Indian journal of veterinary science and animal husbandry - Volumes 18-21, 1948-1951
Year: 1948
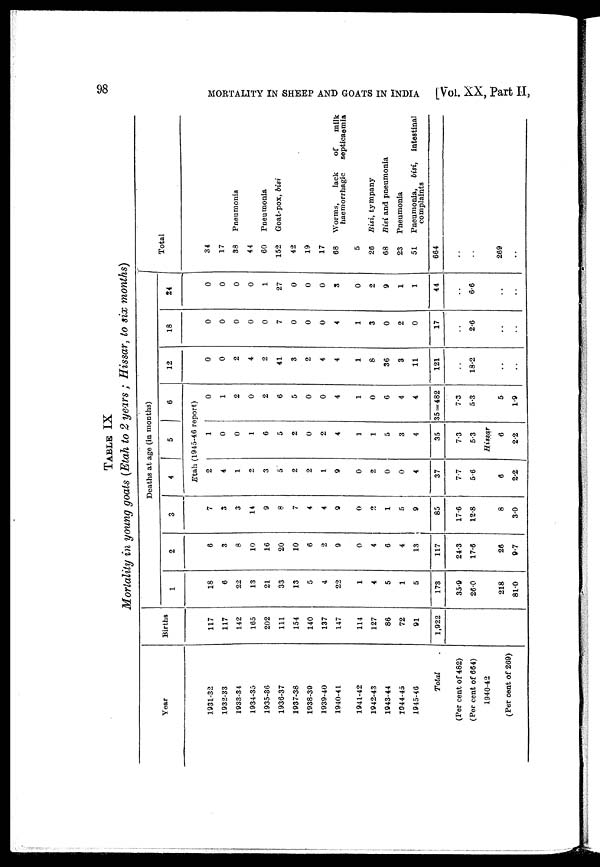
98
MORTALITY IN SHEEP AND GOATS IN INDIA
[Vol. XX, Part II,
TABLE IX
Mortality in young goats (Etah to 2 years ; Hissar, to six months)
Year
1931-32
1932-33
1933-34
1934-35
1935-36
1936-37
1937-38
1938-39
1939-40
1940-41
1941-42
1942-43
1943-44
3944-45
1945-46
Total
(Per cent of 482)
(Per cent of 664)
1940-42
(Per cent of 269)
Births
117
117
142
165
202
111
154
140
137
147
114
127
86
72
91
1,922
Deaths
at age (in months)
1
18
6
22
13
21
33
13
5
4
22
1
4
5
1
5
173
35.9
26.0
218
81.0
2
6
3
8
10
16
20
10
6
2
9
0
4
6
4
13
117
24.3
17.6
26
9.7
3
7
3
3
14
9
8
7
4
4
9
0
2
1
5
9
85
17.6
12.8
8
3.0
4
5
6
Etah (1945-46 report)
2
4
1
2
3
5
2
2
1
9
0
2
0
0
4
37
7.7
5.6
6
2.2
1
0
0
1
6
5
2
0
2
4
1
1
5
3
4
35
7.3
5.3
Hissar
6
2.2
0
1
2
0
2
6
5
0
0
4
1
0
6
4
4
35=482
7.3
5.3
5
1.9
12
0
0
2
4
2
41
3
2
4
4
1
8
36
3
11
121
. .
18.2
. .
. .
18
0
0
0
0
0
7
0
0
0
4
1
3
0
2
0
17
. .
2.6
. .
. .
24
0
0
0
0
1
27
0
0
0
3
0
2
9
1
1
44
. .
6.6
. .
. .
Total
34
17
38
44
60
152
42
19
17
68
5
26
68
23
51
664
. .
. .
269
. .
Pneumonia
Pneumonia
Goat-pox, bisi
Worms,
lack
of
milk
haemorrhagic
septicaemia
Bisi, tympany
Bisi and pneumonia
Pneumonia
Pneumonia, bisi,
intestinal
complaints